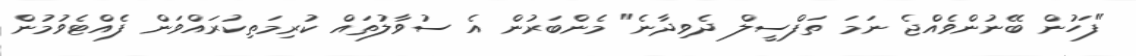
"ފަހުން ބޭނުންވެއްޖެ ނަމަ ތަފްސީލް ދެވިދާނެ" މެންބަރުން އެ ސުވާލުތައް ކުރިމަތިކުރައްވަން ފެއްޓެވުމުން